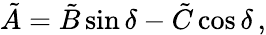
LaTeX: \tilde{A}=\tilde{B}\sin\delta-\tilde{C}\cos\delta\, ,